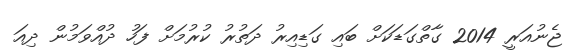
ޖެނުއަރީ 2014 ގާތްގަޑަކަށް ބައި ގަޑިއިރު ދަތުރު ކުރުމަށް ފަހު ދުއްވަމުން ދިއަ